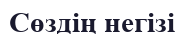
Сөздің негізі